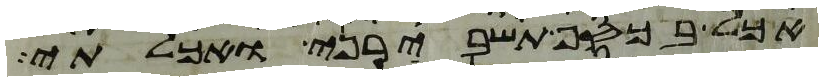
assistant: אכל בכסף תשבירני ואכלתי